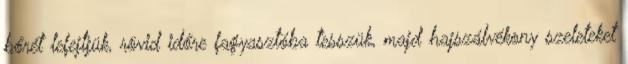
bőrét lefejtjük, rövid időre fagyasztóba tesszük, majd hajszálvékony szeleteket